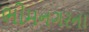
ભીમનગરના